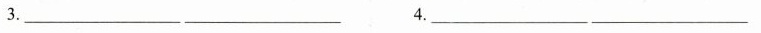
3.____________ 4._______________